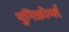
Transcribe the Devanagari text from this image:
युनिफ़ोर्म्स